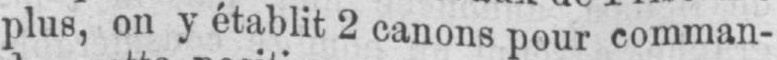
plus, on y établit 2 canons pour comman-